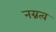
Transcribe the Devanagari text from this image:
नग्नत्व